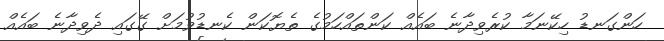
ހަންގަނޑު ހިކޭނަމާ ކުރެވިދާނެ ބައެއް ކަންތައްހަމުގެ ތެޔޮކަން ކެނޑުވުމަށް ގޭގައި ދެވިދާނެ ބައެއް